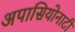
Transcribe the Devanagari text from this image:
अपासियोनाटी